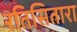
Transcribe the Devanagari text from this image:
रतिसितारा